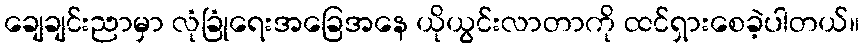
ချေချင်းညာမှာ လုံခြုံရေးအခြေအနေ ယိုယွင်းလာတာကို ထင်ရှားစေခဲ့ပါတယ်။